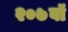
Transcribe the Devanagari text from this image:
२०७वॉ